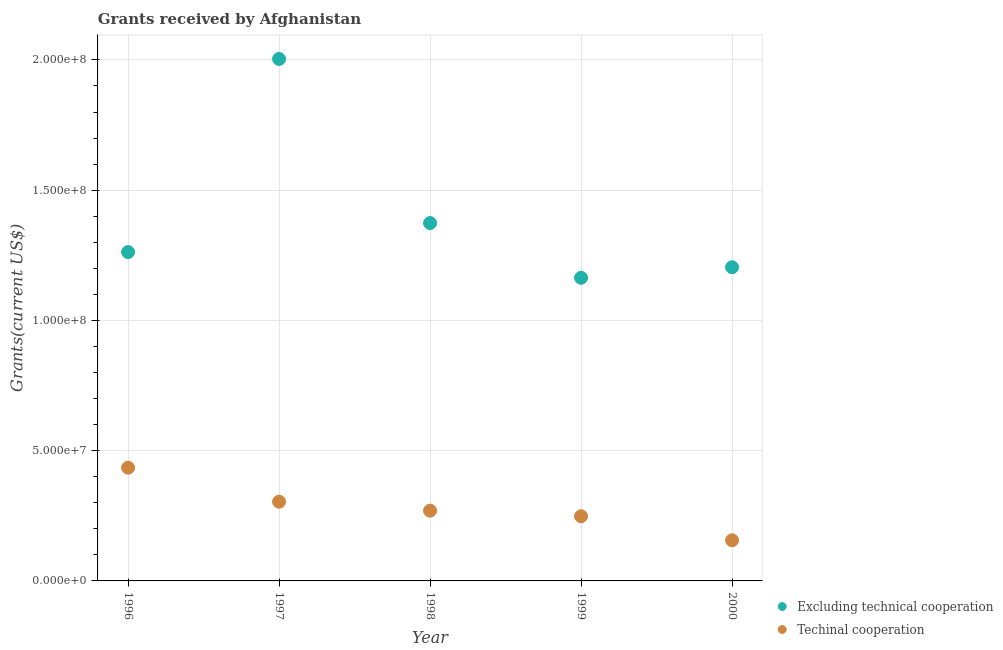
| Year | Excluding technical cooperation | Techinal cooperation |
 | --- | --- | --- |
 | 1996 | 1.26e+08 | 4.34e+07 |
 | 1997 | 2e+08 | 3.04e+07 |
 | 1998 | 1.37e+08 | 2.7e+07 |
 | 1999 | 1.16e+08 | 2.48e+07 |
 | 2000 | 1.2e+08 | 1.56e+07 |